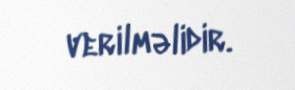
verilməlidir.